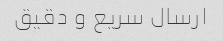
ارسال سریع و دقیق